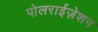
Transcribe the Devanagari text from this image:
पोलराईज़ेशन